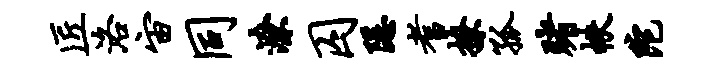
匠洛宙同潦囚隐耆撩孤赌帙陀